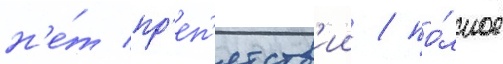
н'е́т пр'еп'ятств'ии / по́лное